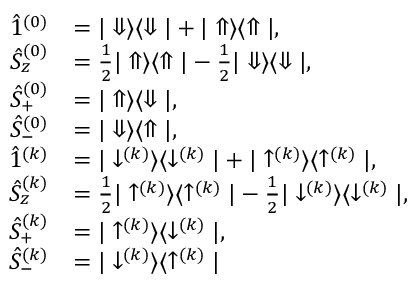
\begin{array} { r l } { \hat { 1 } ^ { ( 0 ) } } & { = | \Downarrow \rangle \langle \Downarrow | + | \Uparrow \rangle \langle \Uparrow | , } \\ { \hat { S } _ { z } ^ { ( 0 ) } } & { = \frac { 1 } { 2 } | \Uparrow \rangle \langle \Uparrow | - \frac { 1 } { 2 } | \Downarrow \rangle \langle \Downarrow | , } \\ { \hat { S } _ { + } ^ { ( 0 ) } } & { = | \Uparrow \rangle \langle \Downarrow | , } \\ { \hat { S } _ { - } ^ { ( 0 ) } } & { = | \Downarrow \rangle \langle \Uparrow | , } \\ { \hat { 1 } ^ { ( k ) } } & { = | \downarrow ^ { ( k ) } \rangle \langle \downarrow ^ { ( k ) } | + | \uparrow ^ { ( k ) } \rangle \langle \uparrow ^ { ( k ) } | , } \\ { \hat { S } _ { z } ^ { ( k ) } } & { = \frac { 1 } { 2 } | \uparrow ^ { ( k ) } \rangle \langle \uparrow ^ { ( k ) } | - \frac { 1 } { 2 } | \downarrow ^ { ( k ) } \rangle \langle \downarrow ^ { ( k ) } | , } \\ { \hat { S } _ { + } ^ { ( k ) } } & { = | \uparrow ^ { ( k ) } \rangle \langle \downarrow ^ { ( k ) } | , } \\ { \hat { S } _ { - } ^ { ( k ) } } & { = | \downarrow ^ { ( k ) } \rangle \langle \uparrow ^ { ( k ) } | } \end{array}